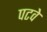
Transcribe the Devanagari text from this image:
पटवे